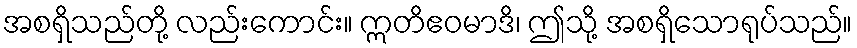
အစရှိသည်တို့ လည်းကောင်း။ ဣတိဧဝမာဒိ၊ ဤသို့ အစရှိသောရုပ်သည်။